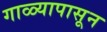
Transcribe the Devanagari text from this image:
गाळ्यापासून